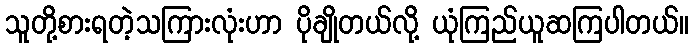
သူတို့စားရတဲ့သကြားလုံးဟာ ပိုချိုတယ်လို့ ယုံကြည်ယူဆကြပါတယ်။